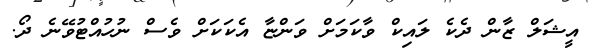
އީޝަލް ޒާން ދެކެ ލައިކް ވާކަމަށް ވަންޏާ އެކަކަށް ވެސް ނުހުއްޓުވޭނެ ދޯ.